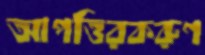
আপত্তিরকরুণ